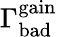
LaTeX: \Gamma_{\mathrm{bad}}^{\mathrm{gain}}